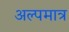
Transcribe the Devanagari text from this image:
अल्पमात्र